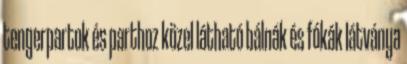
tengerpartok és parthoz közel látható bálnák és fókák látványa